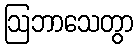
ဩဘာသေတွာ